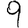
Digit: 9